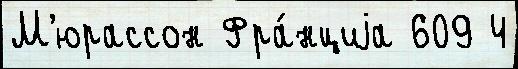
М'юрассон Фра́нциjа 609 4